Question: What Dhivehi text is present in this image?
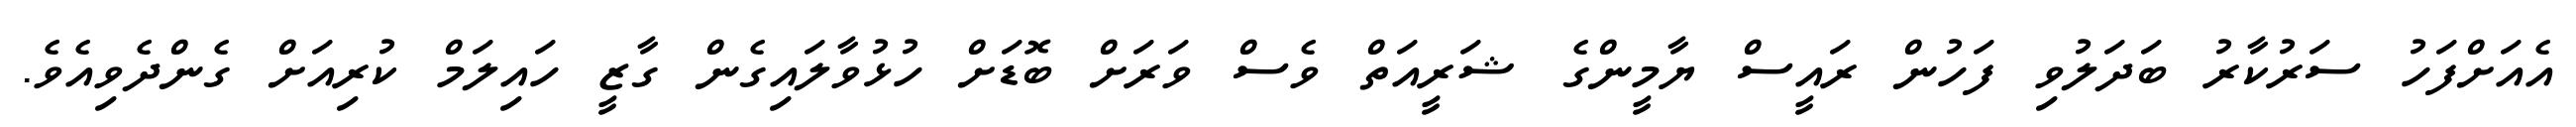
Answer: އެއަށްފަހު ސަރުކާރު ބަދަލުވި ފަހުން ރައީސް ޔާމީންގެ ޝަރީއަތް ވެސް ވަރަށް ބޮޑަށް ހުޅުވާލައިގެން ގާޒީ ހައިލަމް ކުރިއަށް ގެންދެވިއެވެ.